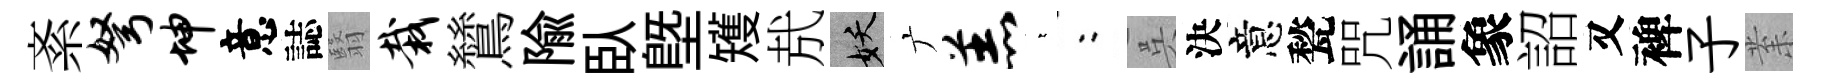
紊弩坤意誌翳栽鷥隃臥塈矱㢤妖广羔萋欸呉決意甃咒誦象詔又裨子𭪙